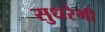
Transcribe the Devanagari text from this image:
सुधरेगी